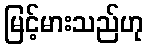
မြင့်မားသည်ဟု